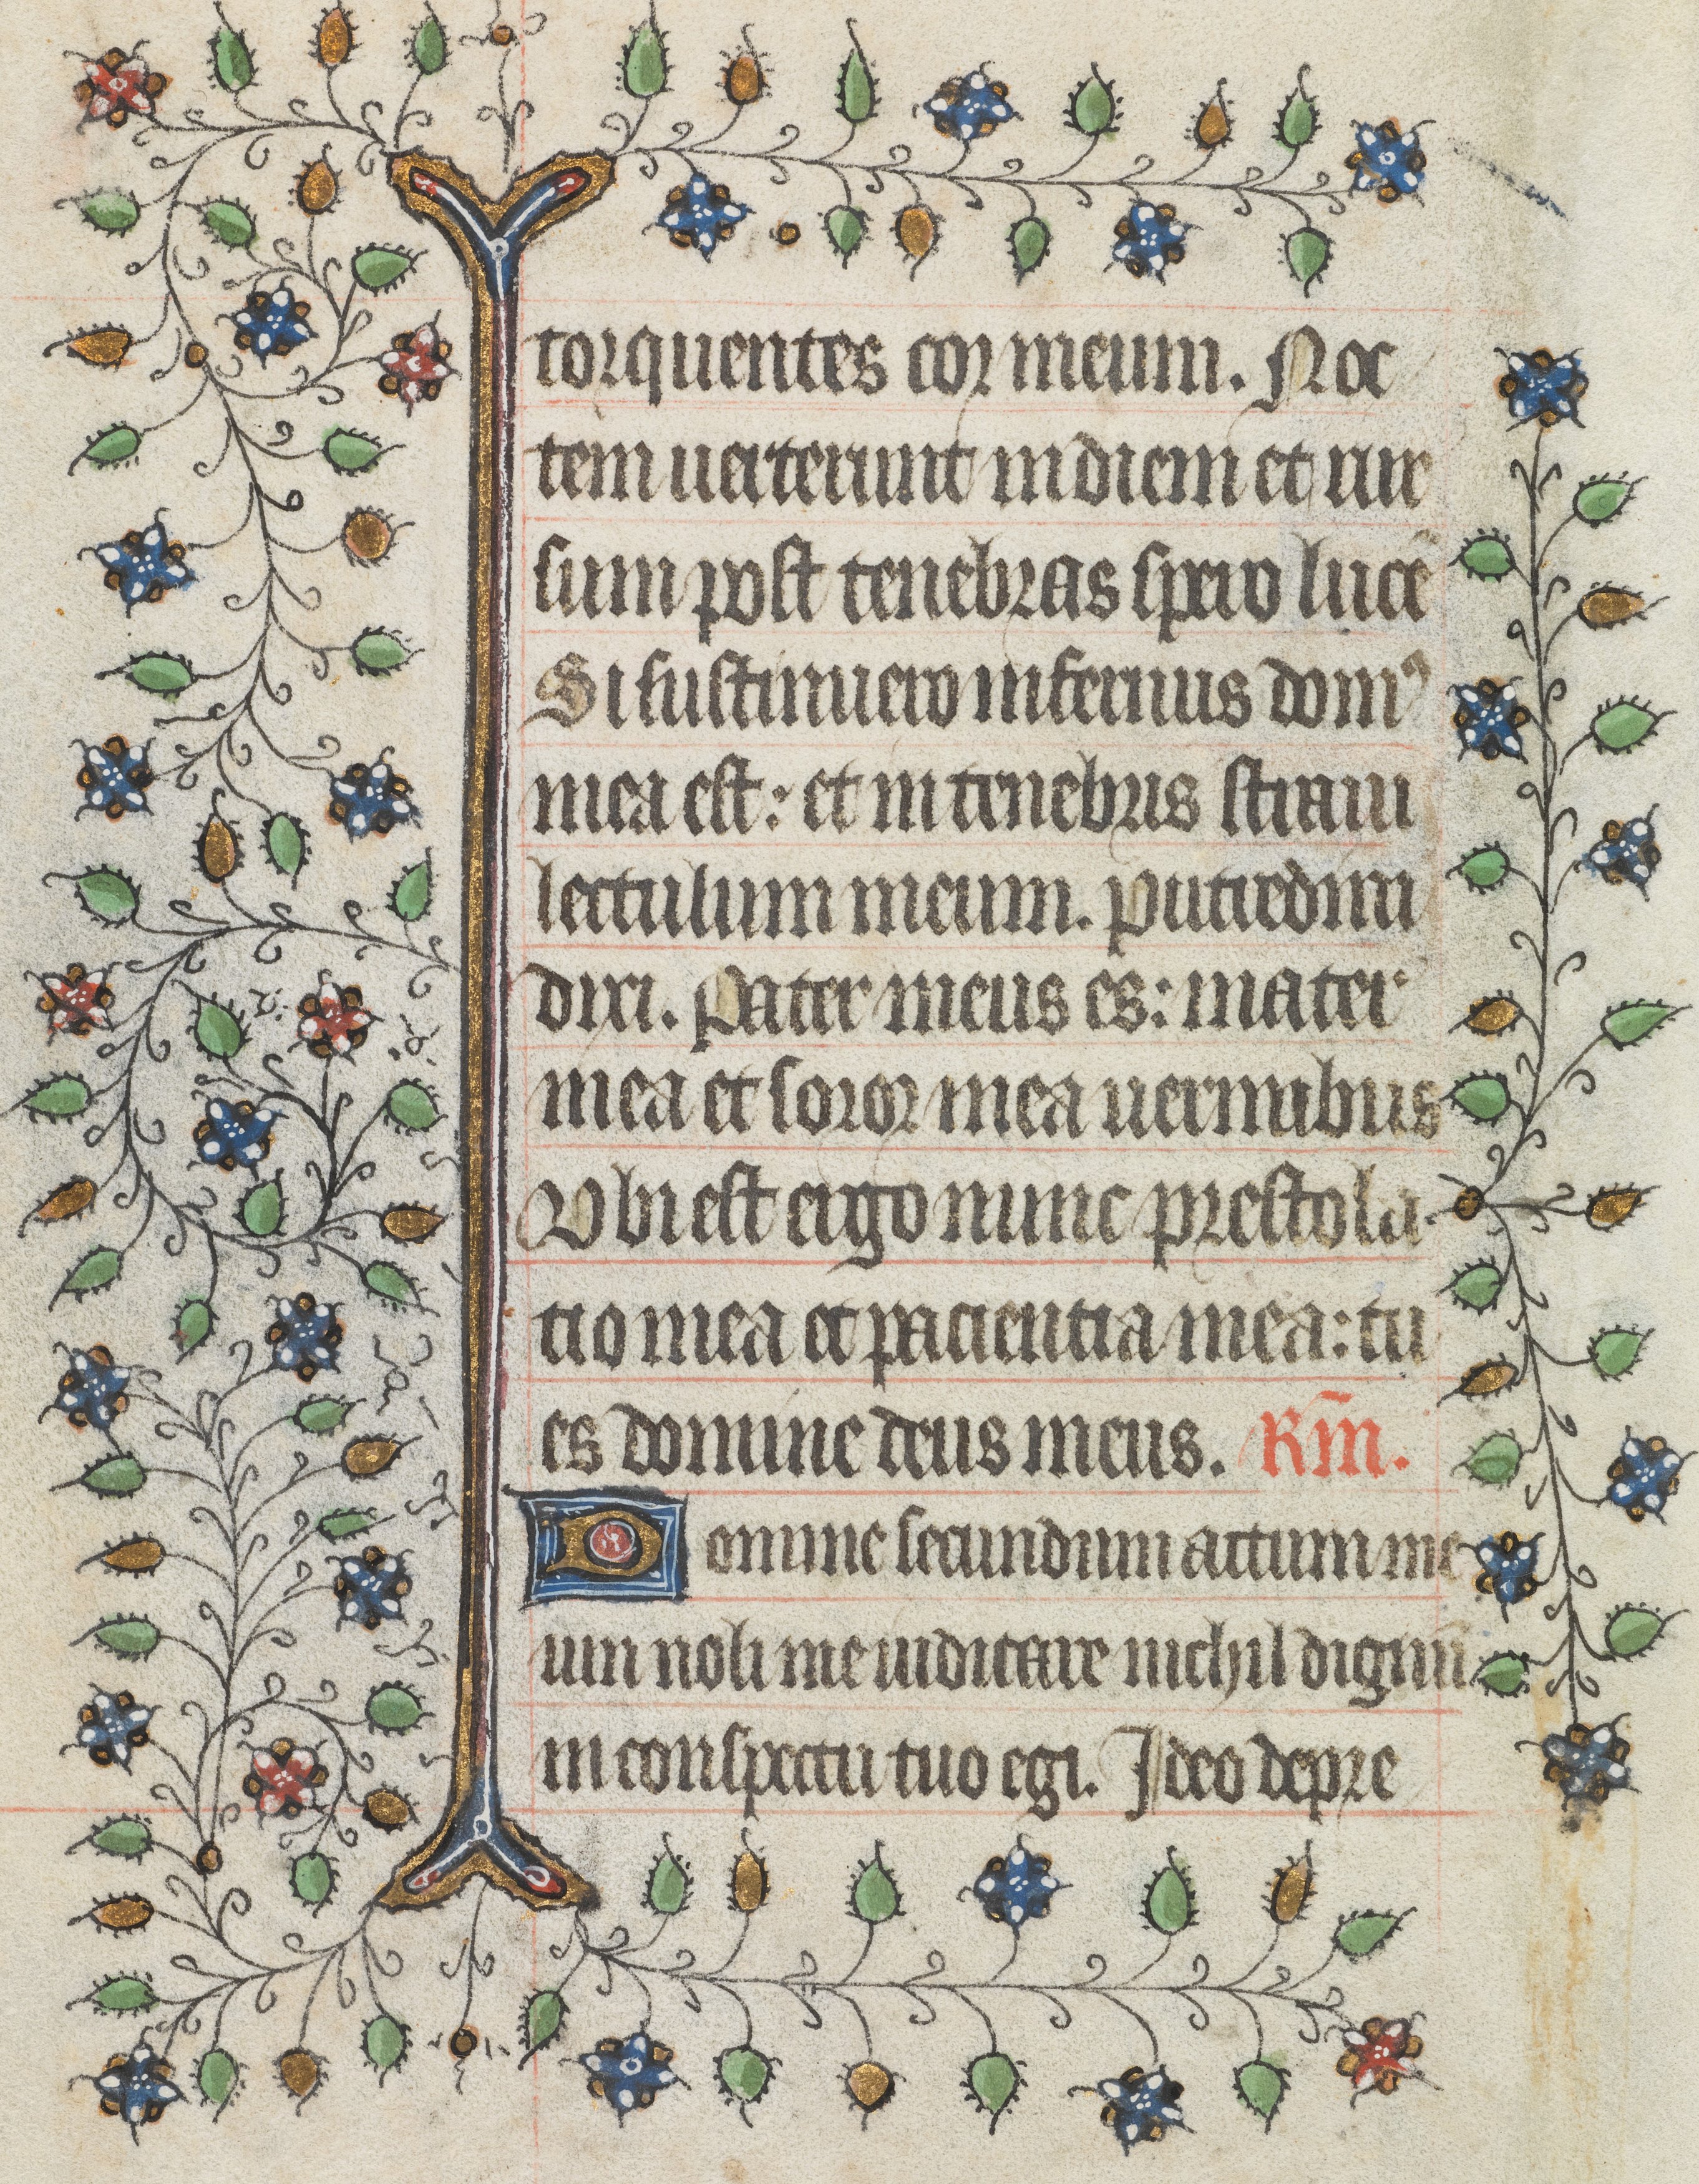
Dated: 1421–1421